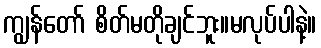
ကျွန်တော် စိတ်မတိုချင်ဘူး။မလုပ်ပါနဲ့။